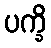
ပက္ခိ